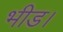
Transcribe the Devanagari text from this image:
भीड।